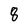
Character: 8